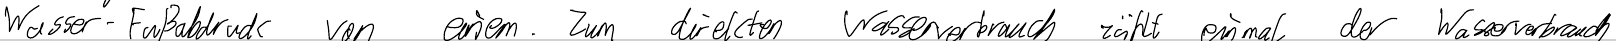
Wasser-Fußabdruck von einem. Zum direkten Wasserverbrauch zählt einmal der Wasserverbrauch